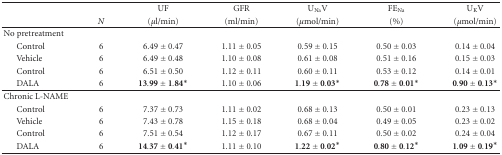
<table><thead><tr><td></td><td></td><td><b>UF</b></td><td><b>GFR</b></td><td><b>U<sub>Na</sub>V</b></td><td><b>FE<sub>Na</sub></b></td><td><b>U<sub>K</sub>V</b></td></tr><tr><td></td><td><b><i>N</i></b></td><td><b>(<i>μ</i>l/min)</b></td><td><b>(ml/min)</b></td><td><b>(<i>μ</i>mol/min)</b></td><td><b>(%)</b></td><td><b>(<i>μ</i>mol/min)</b></td></tr></thead><tbody><tr><td>No pretreatment</td><td></td><td></td><td></td><td></td><td></td><td></td></tr><tr><td> Control</td><td>6</td><td>6.49 ± 0.47</td><td>1.11 ± 0.05</td><td>0.59 ± 0.15</td><td>0.50 ± 0.03</td><td>0.14 ± 0.04</td></tr><tr><td> Vehicle</td><td>6</td><td>6.49 ± 0.48</td><td>1.10 ± 0.08</td><td>0.61 ± 0.08</td><td>0.51 ± 0.16</td><td>0.15 ± 0.03</td></tr><tr><td> Control</td><td>6</td><td>6.51 ± 0.50</td><td>1.12 ± 0.11</td><td>0.60 ± 0.11</td><td>0.53 ± 0.12</td><td>0.14 ± 0.01</td></tr><tr><td> DALA</td><td>6</td><td>13.99 ± 1.84*</td><td>1.10 ± 0.06</td><td>1.19 ± 0.03*</td><td>0.78 ± 0.01*</td><td>0.90 ± 0.13*</td></tr><tr><td>Chronic L-NAME</td><td></td><td></td><td></td><td></td><td></td><td></td></tr><tr><td> Control</td><td>6</td><td>7.37 ± 0.73</td><td>1.11 ± 0.02</td><td>0.68 ± 0.13</td><td>0.50 ± 0.01</td><td>0.23 ± 0.13</td></tr><tr><td> Vehicle</td><td>6</td><td>7.43 ± 0.78</td><td>1.15 ± 0.18</td><td>0.68 ± 0.04</td><td>0.49 ± 0.05</td><td>0.23 ± 0.02</td></tr><tr><td> Control</td><td>6</td><td>7.51 ± 0.54</td><td>1.12 ± 0.17</td><td>0.67 ± 0.11</td><td>0.50 ± 0.02</td><td>0.24 ± 0.04</td></tr><tr><td> DALA</td><td>6</td><td>14.37 ± 0.41*</td><td>1.11 ± 0.10</td><td>1.22 ± 0.02*</td><td>0.80 ± 0.12*</td><td>1.09 ± 0.19*</td></tr></tbody></table>